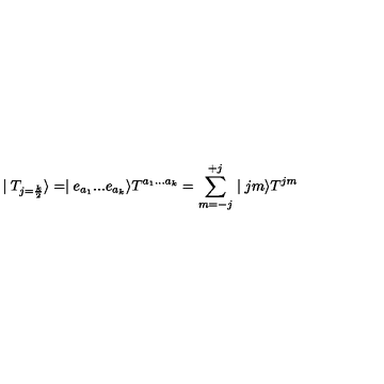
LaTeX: \mid T _ { j = \frac { k } { 2 } } \rangle = \mid e _ { a _ { 1 } } . . . e _ { a _ { k } } \rangle T ^ { a _ { 1 } . . . a _ { k } } = \sum _ { m = - j } ^ { + j } \mid j m \rangle T ^ { j m }